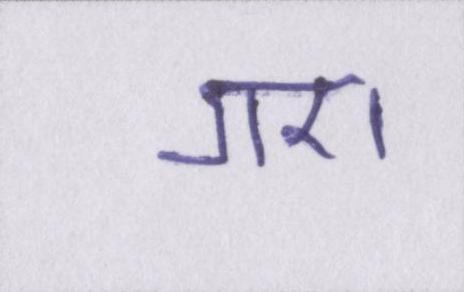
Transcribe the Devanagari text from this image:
गए